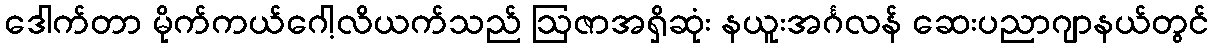
ဒေါက်တာ မိုက်ကယ်ဂေါ့လိယက်သည် ဩဇာအရှိဆုံး နယူးအင်္ဂလန် ဆေးပညာဂျာနယ်တွင်